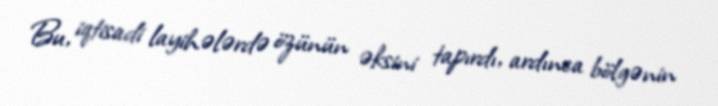
Bu, iqtisadi layihələrdə özünün əksini tapırdı, ardınca bölgənin